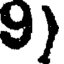
9)